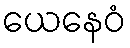
ယေနေဝံ